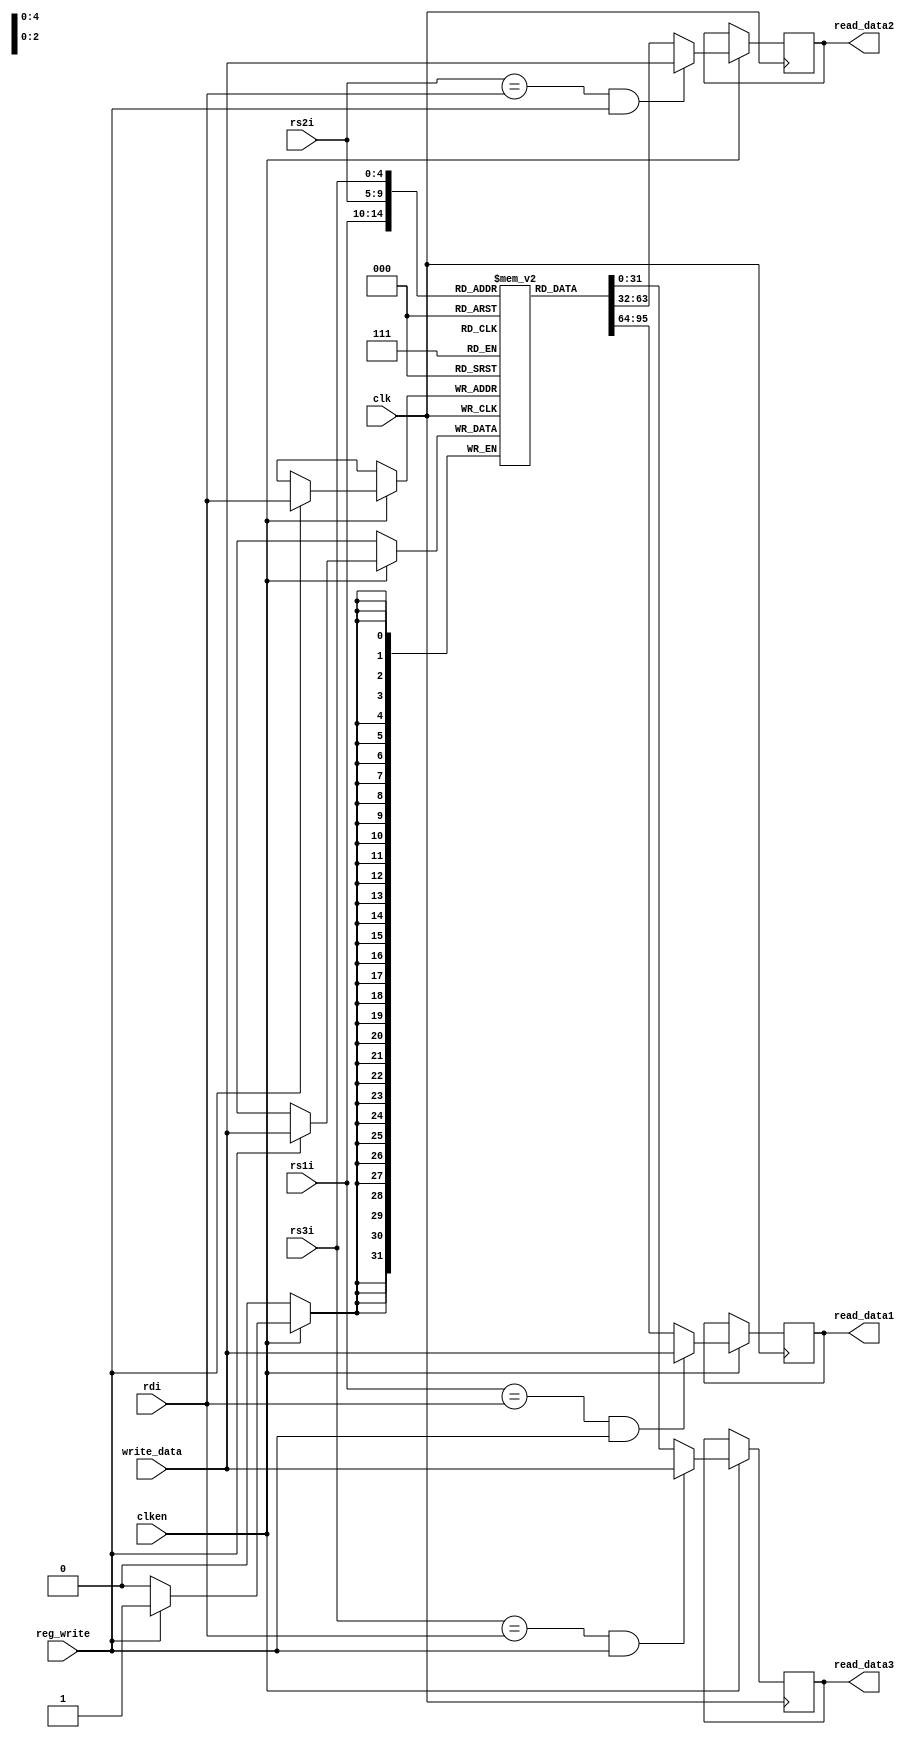
module float_register (
    clken,
    clk,
    rs1i,
    rs2i,
    rs3i,
    rdi,
    write_data,
    reg_write,
    read_data1,
    read_data2,
    read_data3);

    input clken;
    input clk;
    input [4:0] rs1i;
    input [4:0] rs2i;
    input [4:0] rs3i;
    input [4:0] rdi;
    input [31:0] write_data;
    input reg_write;
    output reg [31:0] read_data1;
    output reg [31:0] read_data2;
    output reg [31:0] read_data3;

    reg [31:0] regs[0:31];

    always @(posedge clk) begin
        if (clken) begin
            if ((rs1i == rdi) & (reg_write == 1'b1) )
                read_data1 <= write_data;
            else
                read_data1 <= regs[rs1i];
        
            if ((rs2i == rdi) & (reg_write == 1'b1) )
                read_data2 <= write_data;
            else
                read_data2 <= regs[rs2i];

            if ((rs3i == rdi) & (reg_write == 1'b1) )
                read_data3 <= write_data;
            else
                read_data3 <= regs[rs3i];

            if (reg_write == 1'b1) 
                regs[rdi] <= write_data;
        end
    end

endmodule